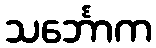
သင်္ဘောက